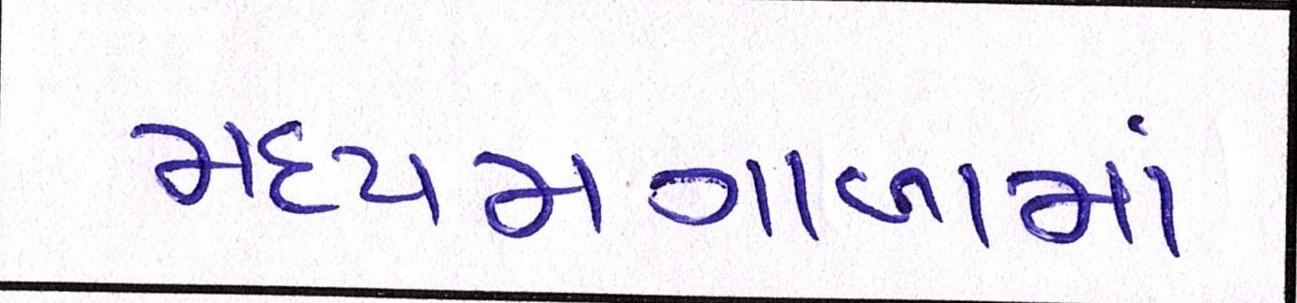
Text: મધ્યમગાળામાં